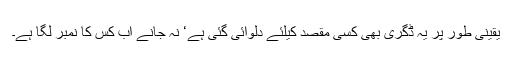
یقینی طور پر یہ ڈگری بھی کسی مقصد کیلئے دلوائی گئی ہے‘ نہ جانے اب کس کا نمبر لگا ہے۔